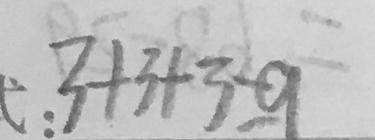
3 + 3 + 3 = 9